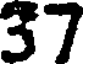
37